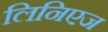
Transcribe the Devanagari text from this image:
लिनिएज